Vabadussoja_Ajaloo_Komitee, lk 111
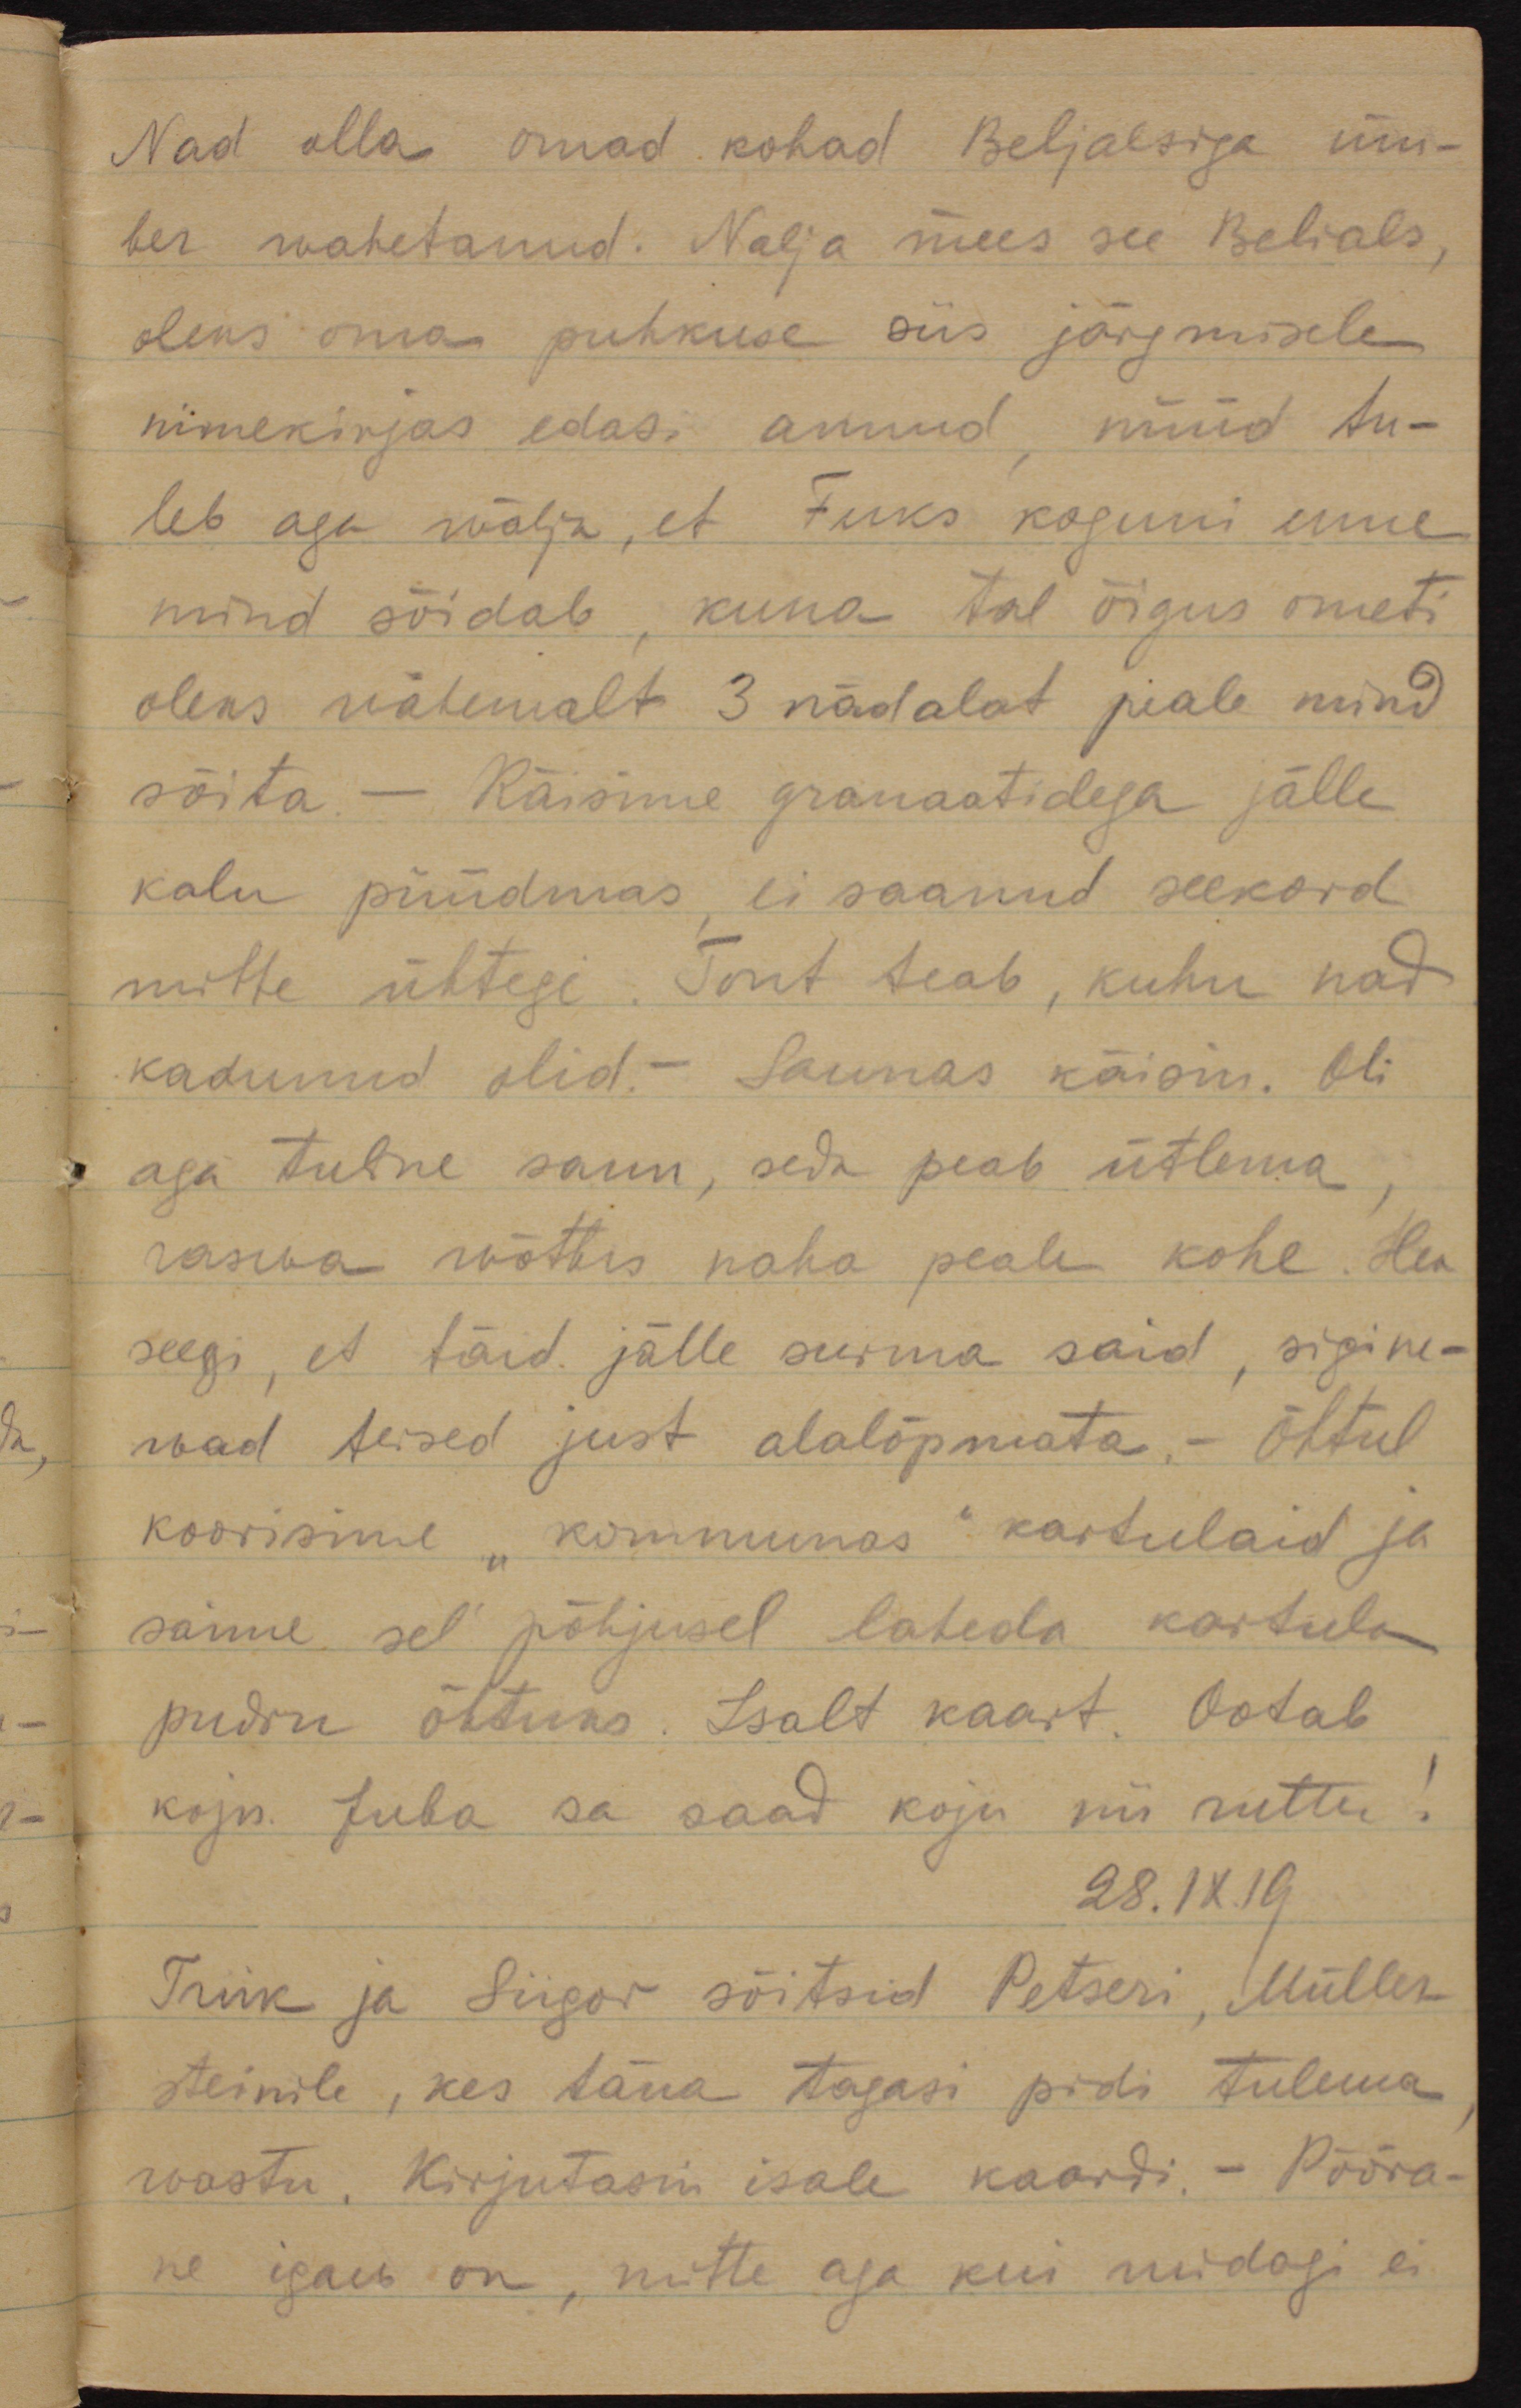
Nad olla omad kohad Beljalsiga üm-
ber wahetanud. Nalja mees see Belials, 
oleks oma puhkuse siis järgmisele
nimekirjas edasi annud, nüüd tu-
leb wälja, et Fuks koguni enne
mind sõidab, kuna tal õigus ometi
oleks wähemalt 3 nädalat piale mind
sõita. - Käisime granaatidega jälle
kalu püüdmas, ei saanud seekord
mitte ühtegi. Tont teab, kuhu nad
kadunud olid.- Saunas käisin. Oli
aga tuline saun, seda peab ütlema,
raswa wõttis naha peale kohe. Hea
seegi, et täid jälle surma said, sigine-
wad teised just alalõpmata. Õhtul
koorisime "kommunas" kardulaid ja
saime sel põhjusel laheda kardula
pudru õhtuks. Isalt kaart. Ootab
koju. Juba sa saad koju nii ruttu!
28.IX.19
Triik ja Siigor sõitsid Petseri, Müller-
steinile, kes täna tagasi pidi tulema,
wastu. Kirjutasin isale kaardi. Pööra-
ne igaw on, mitte aga kui midagi ei